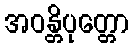
အဝန္တိပုတ္တော